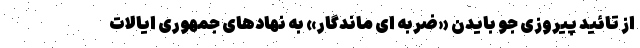
از تائید پیروزی جو بایدن «ضربه ای ماندگار» به نهادهای جمهوری ایالات